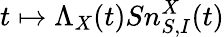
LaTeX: t\mapsto\Lambda_{X}(t)Sn_{S,I}^{X}(t)